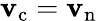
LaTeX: {\mathbf{v}_{\mathrm{c}}}={\mathbf{v}_{\mathrm{n}}}